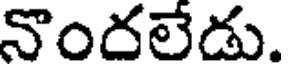
నొందలేడు.